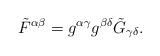
LaTeX: \begin{align*} \Tilde{F}^{\alpha \beta} = g^{\alpha \gamma} g^{\beta \delta} \Tilde{G}_{\gamma \delta}.\end{align*}